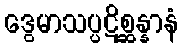
ဒွေမာသပ္ပဋိစ္ဆန္နာနံ